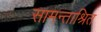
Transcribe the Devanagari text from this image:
सामन्ताश्रित